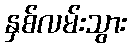
နှစ်လမ်းသွား